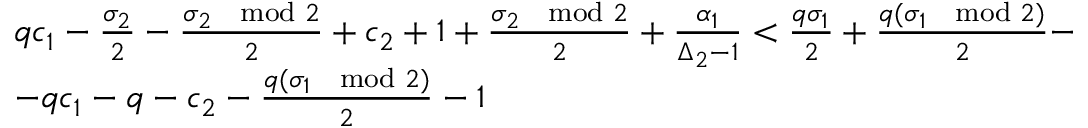
\begin{array} { r l } & { q c _ { 1 } - \frac { \sigma _ { 2 } } { 2 } - \frac { \sigma _ { 2 } \mod 2 } { 2 } + c _ { 2 } + 1 + \frac { \sigma _ { 2 } \mod 2 } { 2 } + \frac { \alpha _ { 1 } } { \Delta _ { 2 } - 1 } < \frac { q \sigma _ { 1 } } { 2 } + \frac { q ( \sigma _ { 1 } \mod 2 ) } { 2 } - } \\ & { - q c _ { 1 } - q - c _ { 2 } - \frac { q ( \sigma _ { 1 } \mod 2 ) } { 2 } - 1 } \end{array}